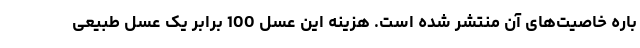
باره خاصیت‌های آن منتشر شده است. هزینه این عسل 100 برابر یک عسل طبیعی